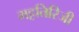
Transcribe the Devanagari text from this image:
मट्टतिरिजी